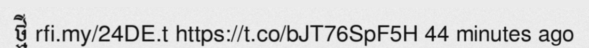
ថ្មី rfi.my/24DE.t https://t.co/bJT76SpF5H 44 minutes ago